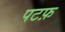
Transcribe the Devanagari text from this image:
पटफ़